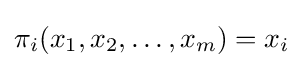
\pi _{i}(x_{1},x_{2},\ldots ,x_{m})=x_{i}